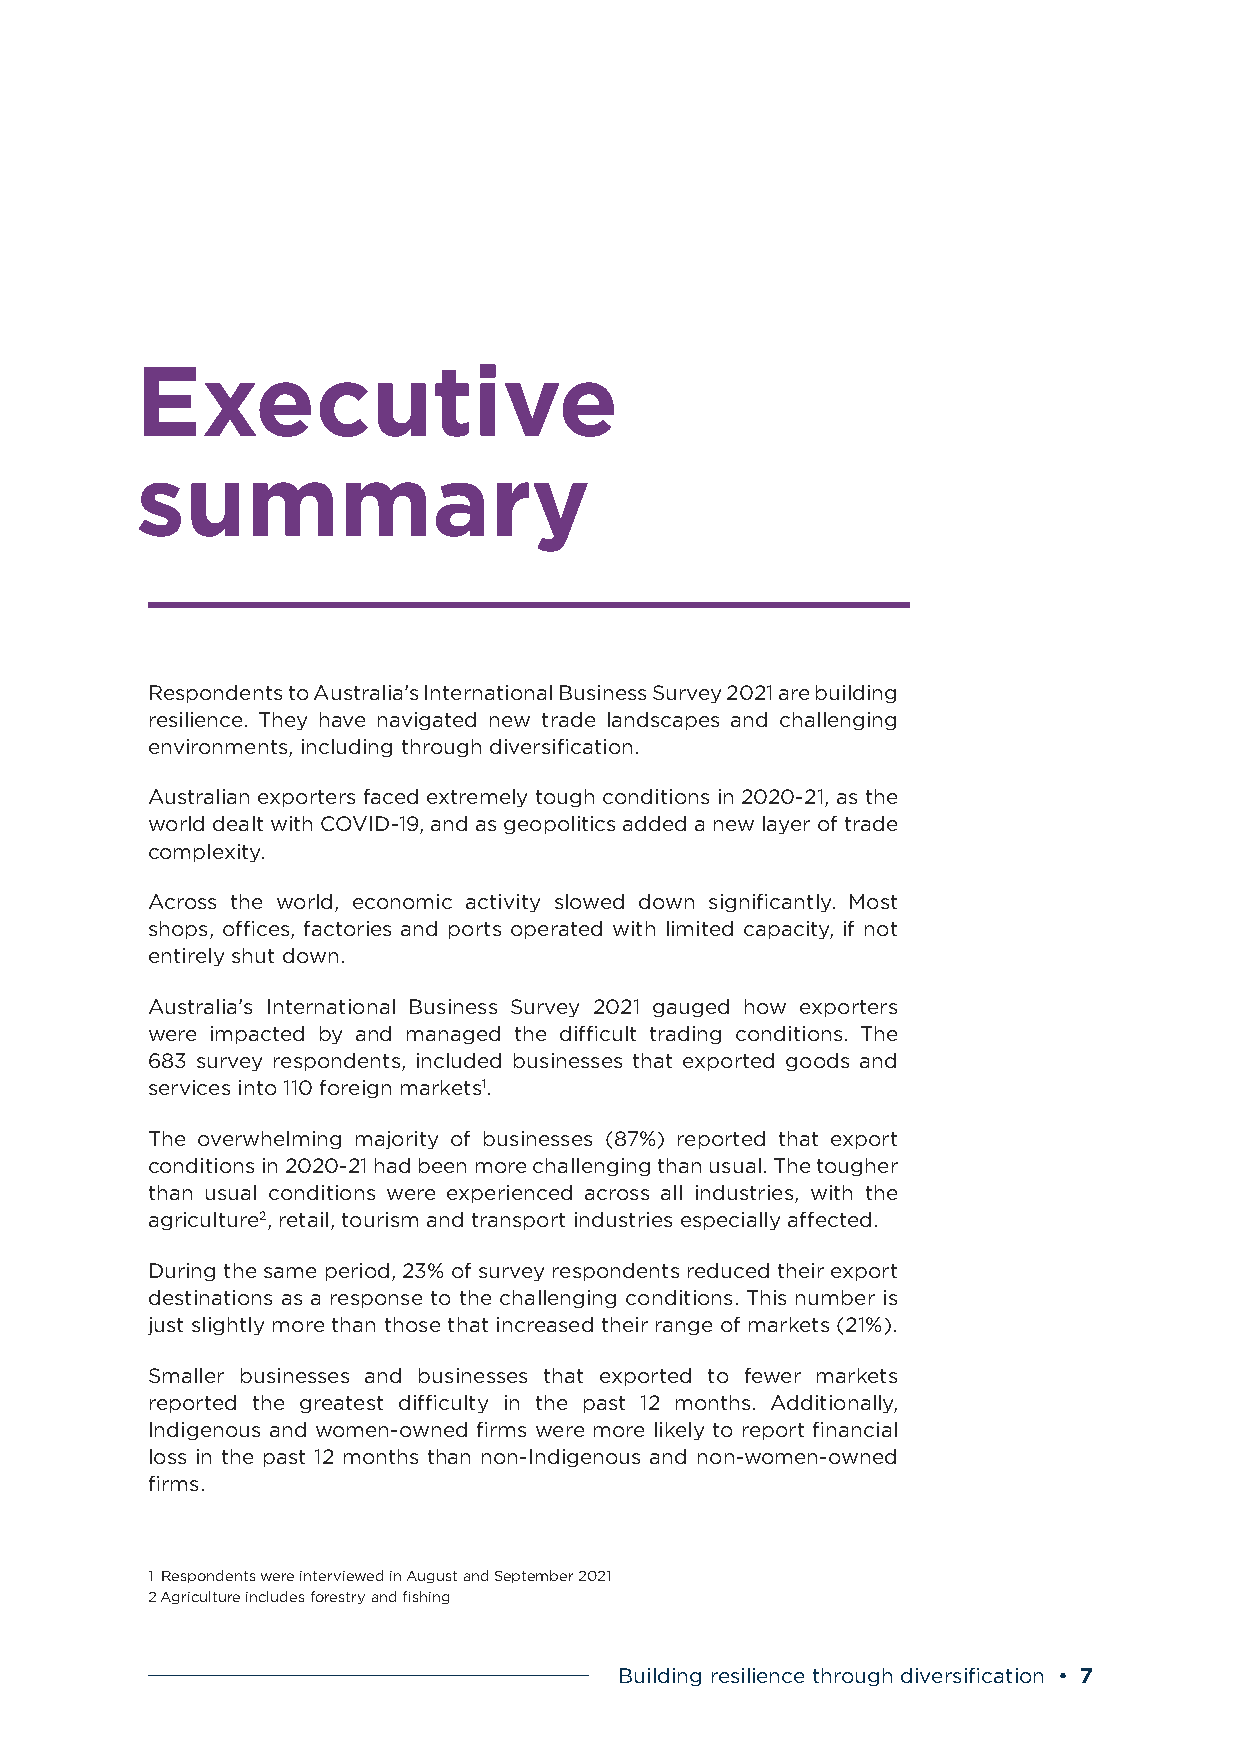
Executive
 summary
 Respondents to Australia’s International Business Survey 2021 are building
 resilience. They have navigated new trade landscapes and challenging
 environments, including through diversification.
 Australian exporters faced extremely tough conditions in 2020-21, as the
 world dealt with COVID-19, and as geopolitics added a new layer of trade
 complexity.
 Across the world, economic activity slowed down significantly. Most
 shops, offices, factories and ports operated with limited capacity, if not
 entirely shut down.
 Australia’s International Business Survey 2021 gauged how exporters
 were impacted by and managed the difficult trading conditions. The
 683 survey respondents, included businesses that exported goods and
 services into 110 foreign markets1.
 The overwhelming majority of businesses (87%) reported that export
 conditions in 2020-21 had been more challenging than usual. The tougher
 than usual conditions were experienced across all industries, with the
 agriculture2, retail, tourism and transport industries especially affected.
 During the same period, 23% of survey respondents reduced their export
 destinations as a response to the challenging conditions. This number is
 just slightly more than those that increased their range of markets (21%).
 Smaller businesses and businesses that exported to fewer markets
 reported the greatest difficulty in the past 12 months. Additionally,
 Indigenous and women-owned firms were more likely to report financial
 loss in the past 12 months than non-Indigenous and non-women-owned
 firms.
 1 Respondents were interviewed in August and September 2021
 2 Agriculture includes forestry and fishing
 Building resilience through diversification • 7